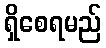
ရှိစေရမည်